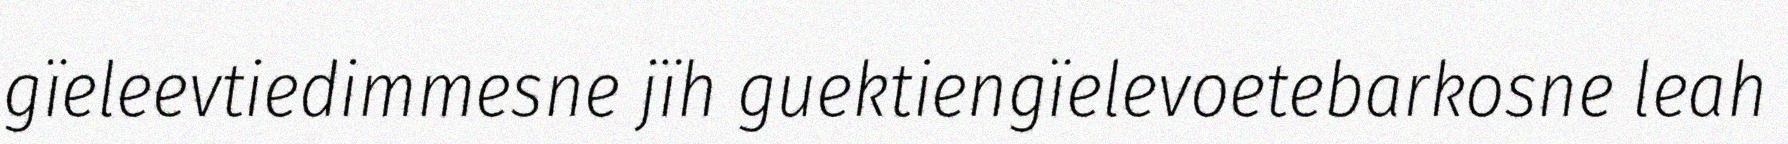
gïeleevtiedimmesne jïh guektiengïelevoetebarkosne leah